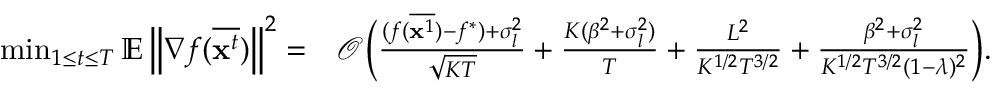
\begin{array} { r l } { \operatorname* { m i n } _ { 1 \le t \le T } \mathbb { E } \left\| \nabla f ( \overline { { \mathbf { x } ^ { t } } } ) \right\| ^ { 2 } = } & { \mathcal { O } \Big ( \frac { ( f ( \overline { { { \bf x } ^ { 1 } } } ) - f ^ { * } ) + \sigma _ { l } ^ { 2 } } { \sqrt { K T } } + \frac { K ( \beta ^ { 2 } + \sigma _ { l } ^ { 2 } ) } { T } + \frac { L ^ { 2 } } { K ^ { 1 / 2 } T ^ { 3 / 2 } } + \frac { \beta ^ { 2 } + \sigma _ { l } ^ { 2 } } { K ^ { 1 / 2 } T ^ { 3 / 2 } ( 1 - \lambda ) ^ { 2 } } \Big ) . } \end{array}